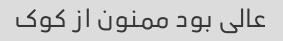
عالی بود ممنون از کوک